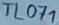
Text: TL071